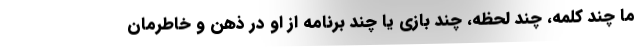
ما چند کلمه، چند لحظه، چند بازی یا چند برنامه از او در ذهن و خاطرمان